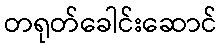
တရုတ်ခေါင်းဆောင်